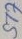
Text: ST7